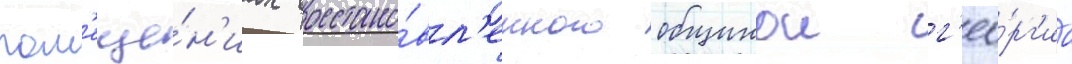
пом'еще́н'иах восстано́вл'енного общинои г'ео́рг'иа